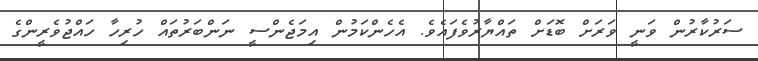
ސަރުކާރުން ވަނީ ވަރަށް ބޮޑަށް ތައްޔާރުވެފައެވެ. އެހެންކަމުން އިމަޖެންސީ ނަންބަރުތައް ހުރިހާ ހައްޖުވެރީންގެ